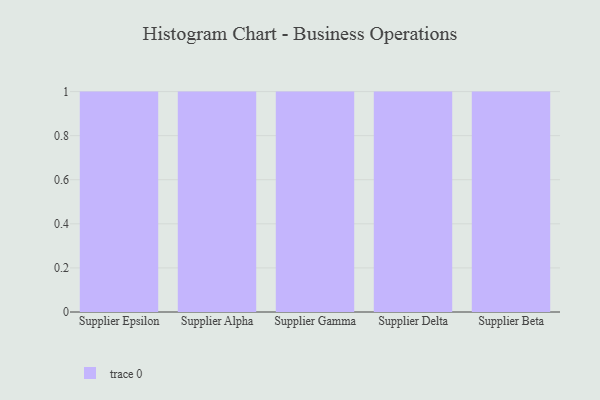
{"axis": {"x": "Supplier", "y": "Backlog"}, "legend": [""], "data": [{"x": "Supplier Epsilon", "y": 47, "type": ""}, {"x": "Supplier Alpha", "y": 72, "type": ""}, {"x": "Supplier Gamma", "y": 17, "type": ""}, {"x": "Supplier Delta", "y": 36, "type": ""}, {"x": "Supplier Beta", "y": 30, "type": ""}]}